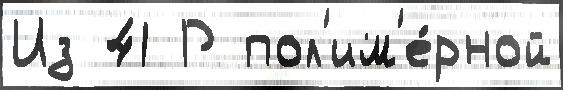
Из 41 Р пол'им'е́рной